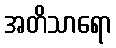
အတိသာရော